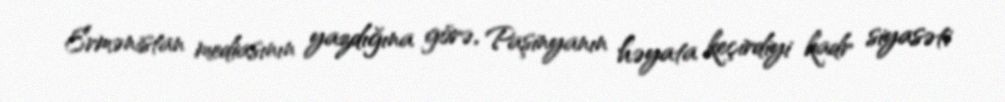
Ermənistan mediasının yazdığına görə, Paşinyanın həyata keçirdiyi kadr siyasəti